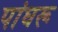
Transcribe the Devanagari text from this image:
पांघरू